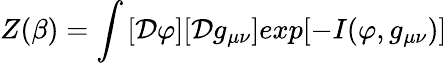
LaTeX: Z(\beta)=\int_{}^{}[{\cal D}\varphi][{\cal D}g_{\mu\nu}]exp[-I(\varphi,g_{\mu\nu})]